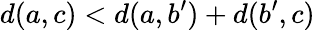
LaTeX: d(a,c)<d(a,b^{\prime})+d(b^{\prime},c)